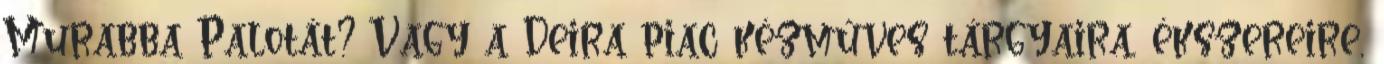
Murabba Palotát? Vagy a Deira piac kézműves tárgyaira, ékszereire,